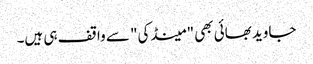
جاوید بھائی بھی "مینڈکی" سے واقف ہی ہیں۔